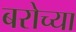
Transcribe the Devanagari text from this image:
बरोच्या